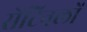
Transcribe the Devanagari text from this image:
सेंटिनलों